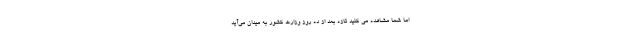
اما شما مشاهده می کنید تازه بعد از ده روز وزارت کشور به میدان می‌آید